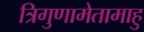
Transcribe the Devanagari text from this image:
त्रिगुणामेतामाहु